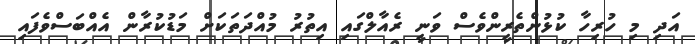
އަދި މި ހުރިހާ ކުޅުންތެރީންވެސް ވަނީ ރެއާލްގައި އިތުރު މުއްދަތަކަށް މަޑުކުރާން އެއްބަސްވެފައި